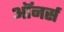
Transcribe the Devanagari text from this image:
अाॅनर्स